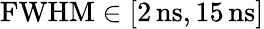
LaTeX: \mathrm{FWHM}\in[2\, \mathrm{ns},15\, \mathrm{ns}]